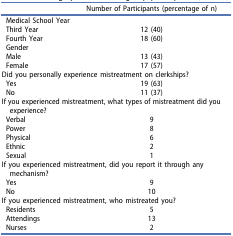
<table><thead><tr><td><b> </b></td><td><b>Number of Participants (percentage of n)</b></td><td><b> </b></td></tr></thead><tbody><tr><td>Medical School Year</td><td> </td><td> </td></tr><tr><td>Third Year</td><td>12 (40)</td><td> </td></tr><tr><td>Fourth Year</td><td>18 (60)</td><td> </td></tr><tr><td>Gender</td><td> </td><td> </td></tr><tr><td>Male</td><td>13 (43)</td><td> </td></tr><tr><td>Female</td><td>17 (57)</td><td> </td></tr><tr><td colspan="2">Did you personally experience mistreatment on clerkships?</td><td> </td></tr><tr><td>Yes</td><td>19 (63)</td><td> </td></tr><tr><td>No</td><td>11 (37)</td><td> </td></tr><tr><td colspan="2">If you experienced mistreatment, what types of mistreatment did you experience?</td><td> </td></tr><tr><td>Verbal</td><td>9</td><td> </td></tr><tr><td>Power</td><td>8</td><td> </td></tr><tr><td>Physical</td><td>6</td><td> </td></tr><tr><td>Ethnic</td><td>2</td><td> </td></tr><tr><td>Sexual</td><td>1</td><td> </td></tr><tr><td colspan="2">If you experienced mistreatment, did you report it through any mechanism?</td><td> </td></tr><tr><td>Yes</td><td>9</td><td> </td></tr><tr><td>No</td><td>10</td><td> </td></tr><tr><td colspan="2">If you experienced mistreatment, who mistreated you?</td><td> </td></tr><tr><td>Residents</td><td>5</td><td> </td></tr><tr><td>Attendings</td><td>13</td><td> </td></tr><tr><td>Nurses</td><td>2</td><td> </td></tr></tbody></table>